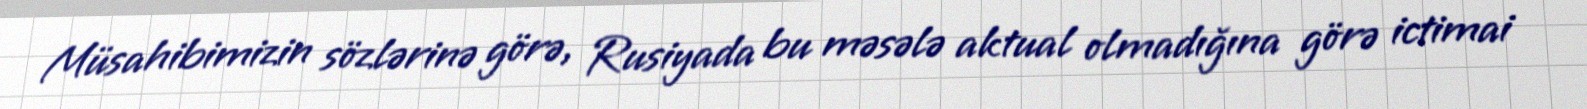
Müsahibimizin sözlərinə görə, Rusiyada bu məsələ aktual olmadığına görə ictimai